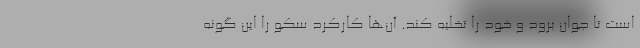
است تا جوان برود و خود را تخلیه کند. آن‌ها کارکرد سکو را این‌ گونه